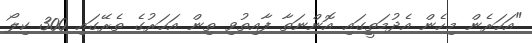
"އަހަރެން މިހެން އެދުމަތީގައި އޮންނަތާ ފާއިތުވި ތިން އަހަރުގެ ތެރޭގައި 300 ކިލޯ